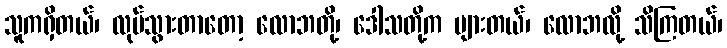
သူကရှိတယ်၊ လုပ်သွားတာတော့ လောဘတို့၊ ဒေါသတို့က များတယ်၊ လောဘလို့ သိကြတယ်၊